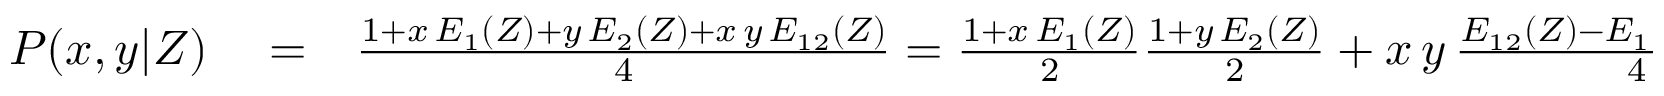
\begin{array} { r l r } { P ( x , y | Z ) } & { { } = } & { \frac { 1 + x \, E _ { 1 } ( Z ) + y \, E _ { 2 } ( Z ) + x \, y \, E _ { 1 2 } ( Z ) } { 4 } = \frac { 1 + x \, E _ { 1 } ( Z ) } { 2 } \frac { 1 + y \, E _ { 2 } ( Z ) } { 2 } + x \, y \, \frac { E _ { 1 2 } ( Z ) - E _ { 1 } ( Z ) \, E _ { 2 } ( Z ) } { 4 } } \end{array}